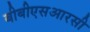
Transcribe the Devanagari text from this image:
बीबीएसआरसी